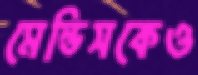
মেন্ডিসকেও